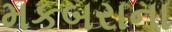
મકબરાના